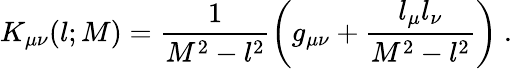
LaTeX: K_{\mu\nu}(l;M)=\frac{1}{M^{2}-l^{2}}\left(g_{\mu\nu}+\frac{l_{\mu}l_{\nu}}{M^{2}-l^{2}}\right)~.